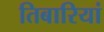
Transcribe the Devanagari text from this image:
तिबारियां